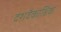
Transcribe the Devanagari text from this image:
दशवैकाश्रिक